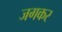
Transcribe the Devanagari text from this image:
जगकर